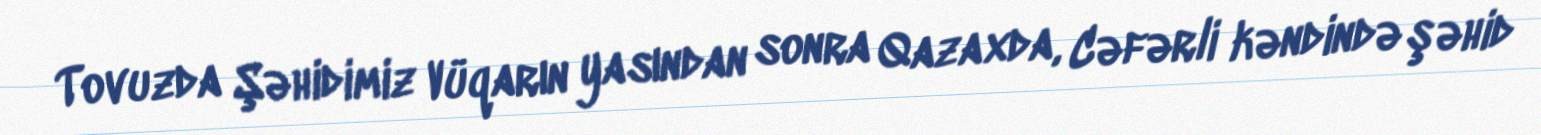
Tovuzda Şəhidimiz Vüqarın yasından sonra Qazaxda, Cəfərli kəndində şəhid